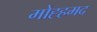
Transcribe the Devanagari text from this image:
मोह्हमद